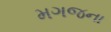
મગજના